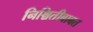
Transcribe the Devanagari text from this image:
निश्चितीबाबत